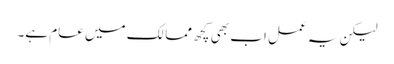
لیکن یہ عمل اب بھی کچھ ممالک میں عام ہے۔